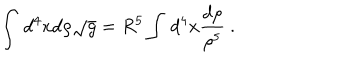
\int \, d ^ { 4 } x d \rho { \sqrt g } = R ^ { 5 } \int \, d ^ { 4 } x \frac { d \rho } { \rho ^ { 5 } } \ .